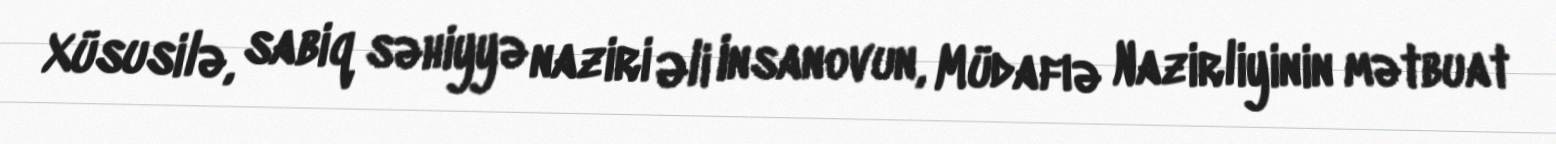
Xüsusilə, sabiq səhiyyə naziri Əli Insanovun, Müdafıə Nazirliyinin mətbuat